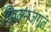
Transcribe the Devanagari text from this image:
फ़िल्मजगत